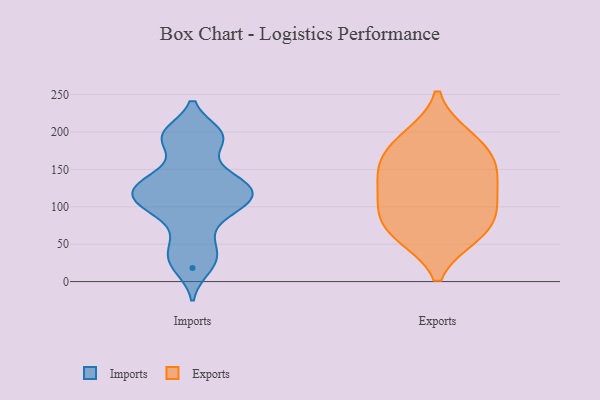
{"axis": {"x": "Waste Production (Tons)", "y": "Value"}, "legend": ["Exports", "Imports"], "data": [{"x": "", "y": 145, "type": "Imports"}, {"x": "", "y": 123, "type": "Imports"}, {"x": "", "y": 97, "type": "Imports"}, {"x": "", "y": 186, "type": "Imports"}, {"x": "", "y": 107, "type": "Imports"}, {"x": "", "y": 198, "type": "Imports"}, {"x": "", "y": 40, "type": "Imports"}, {"x": "", "y": 96, "type": "Imports"}, {"x": "", "y": 192, "type": "Imports"}, {"x": "", "y": 103, "type": "Imports"}, {"x": "", "y": 133, "type": "Imports"}, {"x": "", "y": 122, "type": "Imports"}, {"x": "", "y": 60, "type": "Imports"}, {"x": "", "y": 29, "type": "Imports"}, {"x": "", "y": 119, "type": "Imports"}, {"x": "", "y": 198, "type": "Imports"}, {"x": "", "y": 18, "type": "Imports"}, {"x": "", "y": 134, "type": "Imports"}, {"x": "", "y": 146, "type": "Exports"}, {"x": "", "y": 123, "type": "Exports"}, {"x": "", "y": 194, "type": "Exports"}, {"x": "", "y": 191, "type": "Exports"}, {"x": "", "y": 61, "type": "Exports"}, {"x": "", "y": 91, "type": "Exports"}, {"x": "", "y": 67, "type": "Exports"}, {"x": "", "y": 156, "type": "Exports"}, {"x": "", "y": 171, "type": "Exports"}, {"x": "", "y": 100, "type": "Exports"}, {"x": "", "y": 147, "type": "Exports"}, {"x": "", "y": 105, "type": "Exports"}, {"x": "", "y": 61, "type": "Exports"}]}